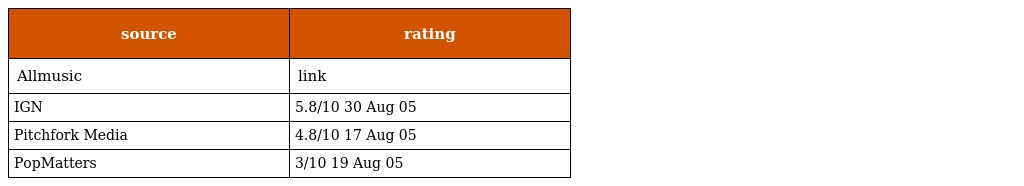
| source | rating |
 | --- | --- |
 | Allmusic | link |
 | IGN | 5.8/10 30 Aug 05 |
 | Pitchfork Media | 4.8/10 17 Aug 05 |
 | PopMatters | 3/10 19 Aug 05 |